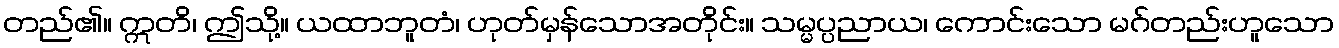
တည်၏။ ဣတိ၊ ဤသို့။ ယထာဘူတံ၊ ဟုတ်မှန်သောအတိုင်း။ သမ္မပ္ပညာယ၊ ကောင်းသော မဂ်တည်းဟူသော